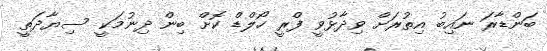
ބަންޑާރަ ނައިބު އިތުރަށް ވިދާޅުވީ ފްރީ ހޯލްޑް ކޮށް ބިން ދިނުމަކީ ސިޔާދަތީ